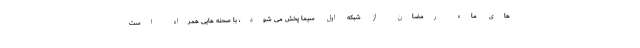
های ماه رمضان از شبکه اول سیما پخش می شود، با صحنه هایی همراه است